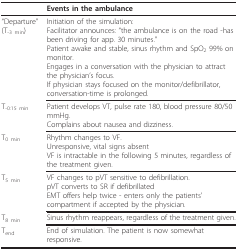
<table><thead><tr><td></td><td><b>Events in the ambulance</b></td></tr></thead><tbody><tr><td>&quot;Departure&quot; (T<sub>-3 min</sub>)</td><td>Initiation of the simulation:Facilitator announces: &quot;the ambulance is on the road -has been driving for app. 30 minutes.&quot;Patient awake and stable, sinus rhythm and SpO<sub>2 </sub>99% on monitor.Engages in a conversation with the physician to attract the physician&#x27;s focus.If physician stays focused on the monitor/defibrillator, conversation-time is prolonged.</td></tr><tr><td>T<sub>-0:15 min</sub></td><td>Patient develops VT, pulse rate 180, blood pressure 80/50 mmHg.Complains about nausea and dizziness.</td></tr><tr><td>T<sub>0 min</sub></td><td>Rhythm changes to VF.Unresponsive, vital signs absentVF is intractable in the following 5 minutes, regardless of the treatment given.</td></tr><tr><td>T<sub>5 min</sub></td><td>VF changes to pVT sensitive to defibrillation.pVT converts to SR if defibrillatedEMT offers help twice - enters only the patients&#x27; compartment if accepted by the physician.</td></tr><tr><td>T<sub>8 min</sub></td><td>Sinus rhythm reappears, regardless of the treatment given.</td></tr><tr><td>T<sub>end</sub></td><td>End of simulation. The patient is now somewhat responsive.</td></tr></tbody></table>